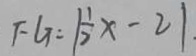
F G = \vert \frac { 1 } { 2 } x - 2 \vert .